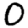
Digit: 0